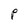
Character: P